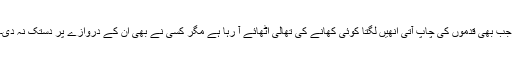
جب بھی قدموں کی چاپ آتی انھیں لگتا کوئی کھانے کی تھالی اٹھائے آ رہا ہے مگر کسی نے بھی ان کے دروازے پر دستک نہ دی۔